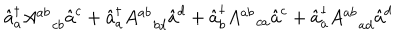
\hat { a } _ { a } ^ { \dagger } A _ { c b } ^ { a b } \hat { a } ^ { c } + \hat { a } _ { a } ^ { \dagger } A _ { b d } ^ { a b } \hat { a } ^ { d } + \hat { a } _ { b } ^ { \dagger } A _ { c a } ^ { a b } \hat { a } ^ { c } + \hat { a } _ { a } ^ { \dagger } A _ { a d } ^ { a b } \hat { a } ^ { d }